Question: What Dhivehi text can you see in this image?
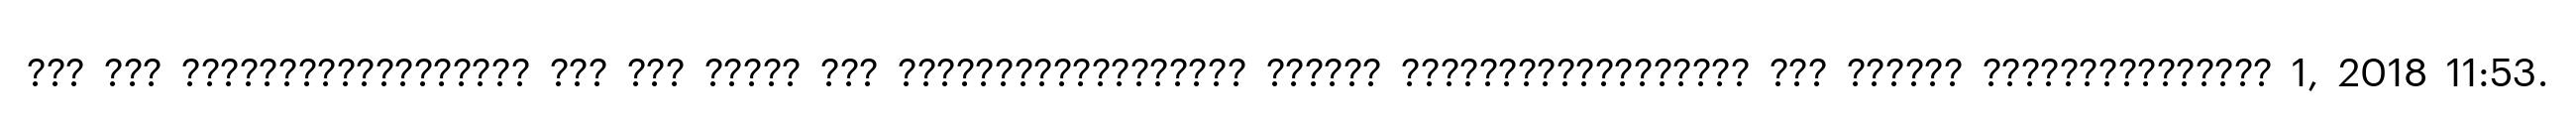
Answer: ??? ??? ?????????????????? ??? ??? ????? ??? ?????????????????? ?????? ?????????????????? ??? ?????? ??????????????? 1, 2018 11:53.